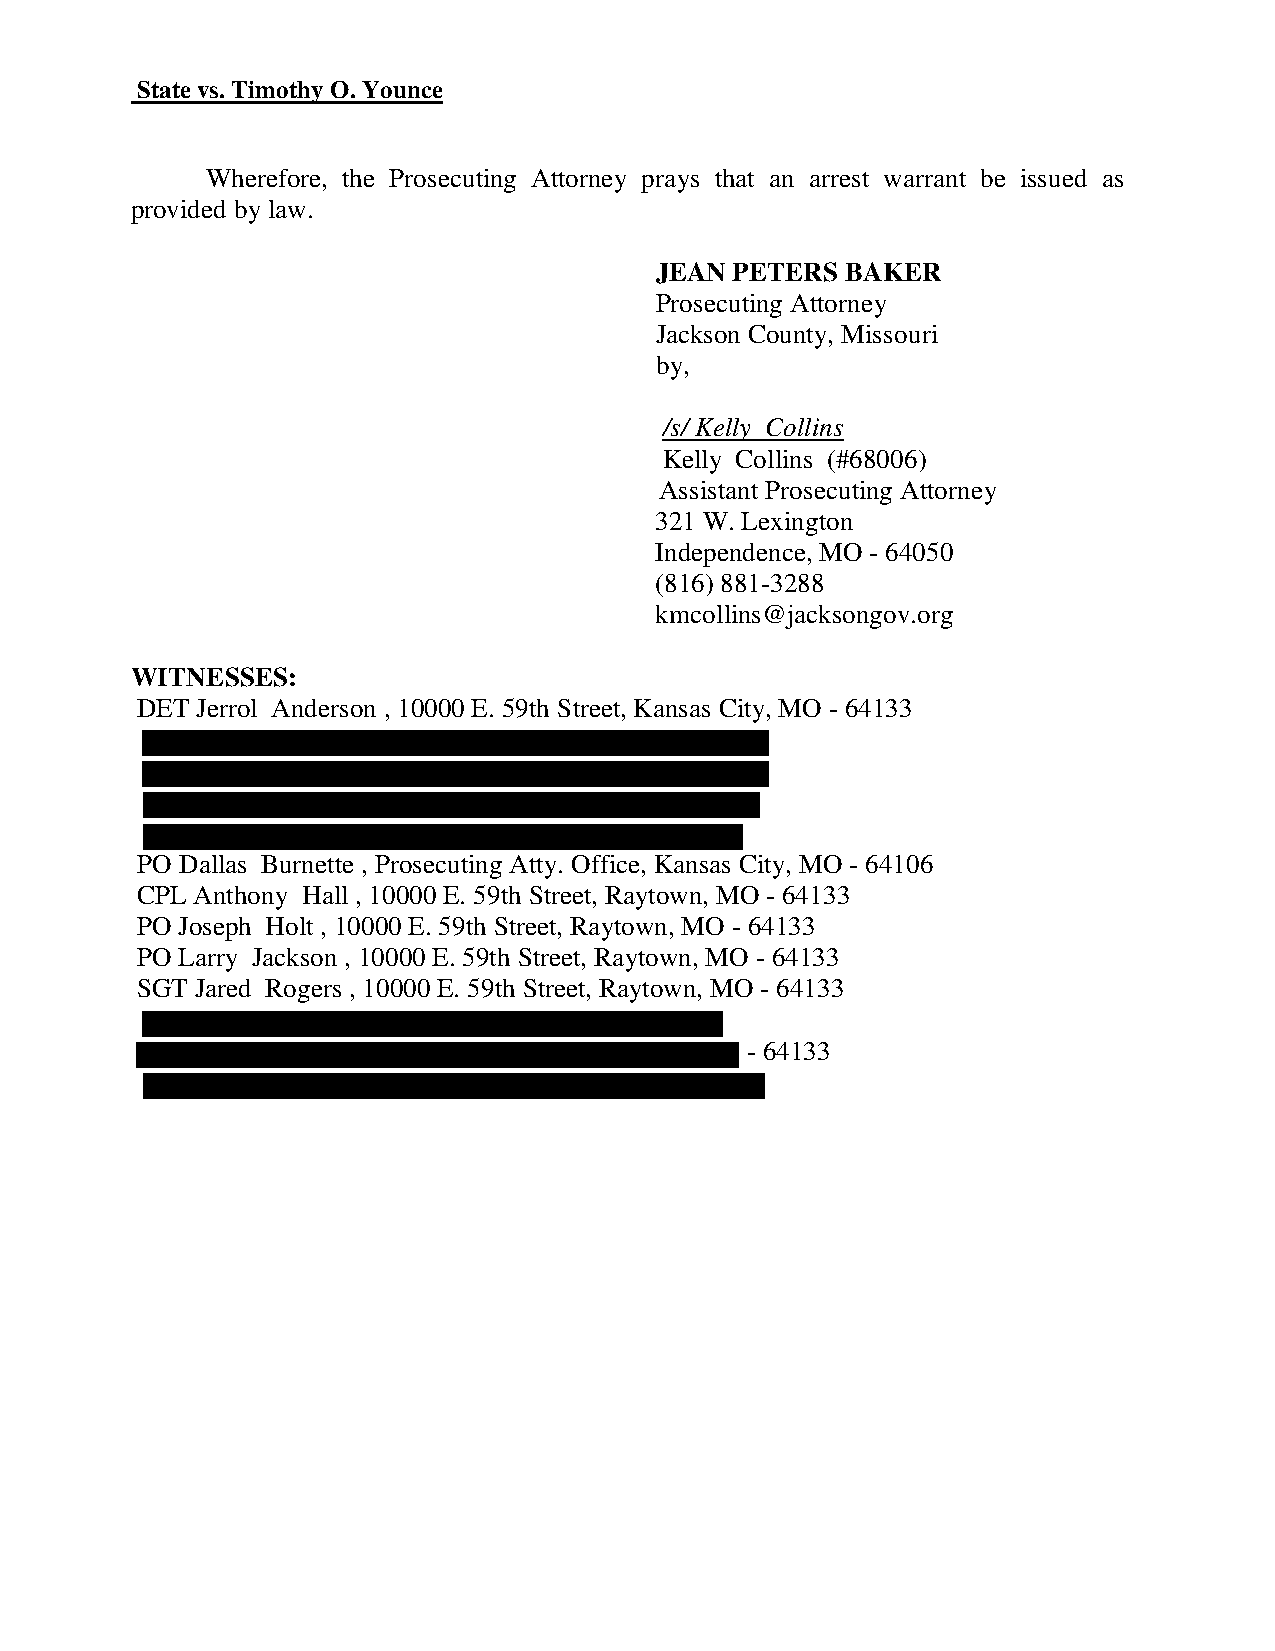
State vs. Timothy O. Younce
 Wherefore, the Prosecuting Attorney prays that an arrest warrant be issued as
 provided by law.
 JEAN  PETERS BAKER
 Prosecuting Attorney
 Jackson County, Missouri
 by,
 /s/ Kelly Collins
 Kelly Collins (#68006)
 Assistant Prosecuting Attorney
 321 W. Lexington
 Independence, MO - 64050
 (816) 881-3288
 kmcollins@jacksongov.org
 WITNESSES:
 DET Jerrol Anderson , 10000 E. 59th Street, Kansas City, MO - 64133
 PO Dallas Burnette , Prosecuting Atty. Office, Kansas City, MO - 64106
 CPL Anthony Hall , 10000 E. 59th Street, Raytown, MO - 64133
 PO Joseph Holt , 10000 E. 59th Street, Raytown, MO - 64133
 PO Larry Jackson , 10000 E. 59th Street, Raytown, MO - 64133
 SGT Jared Rogers , 10000 E. 59th Street, Raytown, MO - 64133
 - 64133